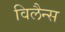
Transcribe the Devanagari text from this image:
विलैन्स